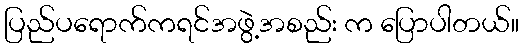
ပြည်ပရောက်ကရင်အဖွဲ့အစည်း က ပြောပါတယ်။